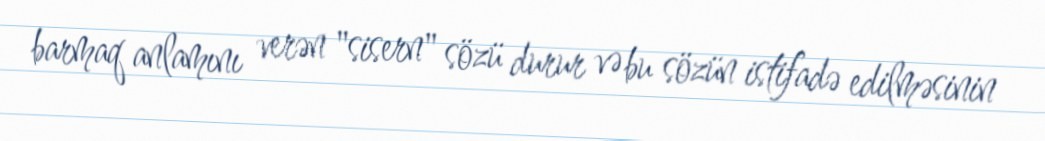
barmaq anlamını verən "sisern" sözü durur və bu sözün istifadə edilməsinin